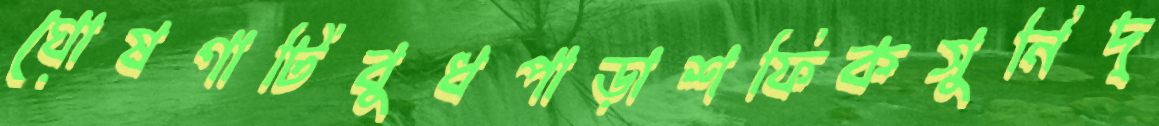
ঘোষণাটিবুধপাড়াশফিকসুনিদ্